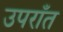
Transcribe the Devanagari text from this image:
उपराँत